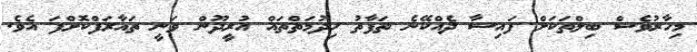
މިހާރުވެސް ބިލްތަކަށް ފައިސާ ދެއްކޭނެ ތަފާތު ހިދުމަތްތައް އުރީދޫން ވަނީ ތައާރަފްކޮށްފަ އެވެ.